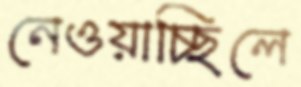
নেওয়াচ্ছিলে